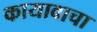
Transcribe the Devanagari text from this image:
कायावाचा